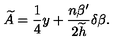
\widetilde { A } = { \frac { 1 } { 4 } } y + { \frac { n \beta ^ { \prime } } { 2 \widetilde { h } } } \delta \beta .